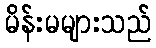
မိန်းမများသည်